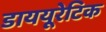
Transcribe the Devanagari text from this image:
डाययूरेटिक